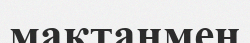
мақтанмен